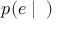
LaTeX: p ( e \mid \mathbf { \theta } )